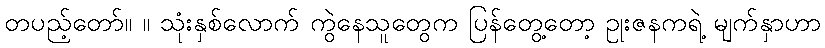
တပည့်တော်။ ။ သုံးနှစ်လောက် ကွဲနေသူတွေက ပြန်တွေ့တော့ ဥုးဇနကရဲ့ မျက်နှာဟာ